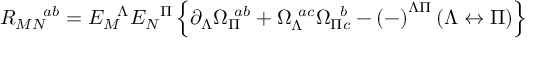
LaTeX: R _ { M N } ^ { \ \ \ \ a b } = E _ { M } ^ { \ \ \Lambda } E _ { N } ^ { \ \ \Pi } \left\{ \partial _ { \Lambda } \Omega _ { \Pi } ^ { \ a b } + \Omega _ { \Lambda } ^ { \ a c } \Omega _ { \Pi c } ^ { \ \, b } - \left( - \right) ^ { \Lambda \Pi } \left( \Lambda \leftrightarrow \Pi \right) \right\}